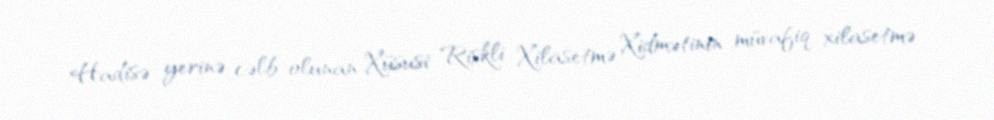
Hadisə yerinə cəlb olunan Xüsusi Riskli Xilasetmə Xidmətinin müvafiq xilasetmə